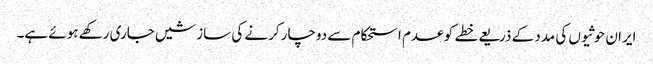
ایران حوثیوں کی مدد کے ذریعے خطے کو عدم استحکام سے دوچار کرنے کی سازشیں جاری رکھے ہوئے ہے۔